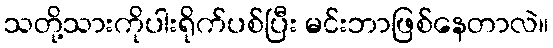
သတို့သားကိုပါးရိုက်ပစ်ပြီး မင်းဘာဖြစ်နေတာလဲ။